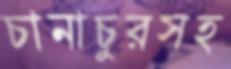
চানাচুরসহ